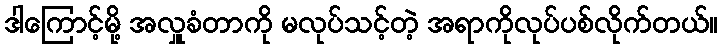
ဒါကြောင့်မို့ အလှူခံတာကို မလုပ်သင့်တဲ့ အရာကိုလုပ်ပစ်လိုက်တယ်။